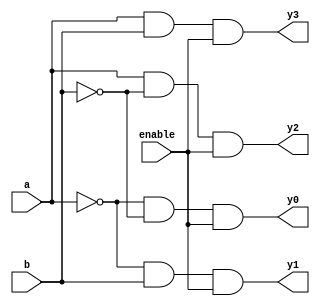
module decoder2x4(
    input a,
    input b,
    input enable,
    output y0,
    output y1,
    output y2,
    output y3
);
  wire w1, w2;

  not g1(w1, a);
  not g2(w2, b);
  and g3(y0, w1, w2, enable);
  and g4(y1, w1, b, enable);
  and g5(y2, a, w2, enable);
  and g6(y3, a, b, enable);
endmodule